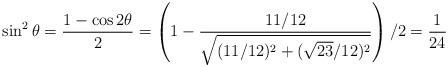
LaTeX: \begin{align*}\sin^{2} \theta & = \frac{1-\cos2\theta}{2}= \left(1-\frac{11/12}{\sqrt{(11/12)^{2}+(\sqrt{23}/12)^{2}}}\right)/2=\frac{1}{24}\end{align*}